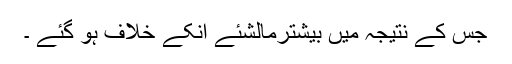
جس کے نتیجہ میں بیشترمالشئے انکے خلاف ہو گئے ۔